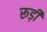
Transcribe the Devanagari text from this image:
रूड़ी